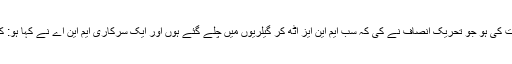
مجھے یاد نہیں پڑتا کہ کسی حکومت نے یہ حرکت کی ہو جو تحریک انصاف نے کی کہ سب ایم این ایز اُٹھ کر گیلریوں میں چلے گئے ہوں اور ایک سرکاری ایم این اے نے کہا ہو: کورم پورا نہیں ہے لہٰذا اجلاس جاری نہیں رہ سکتا۔